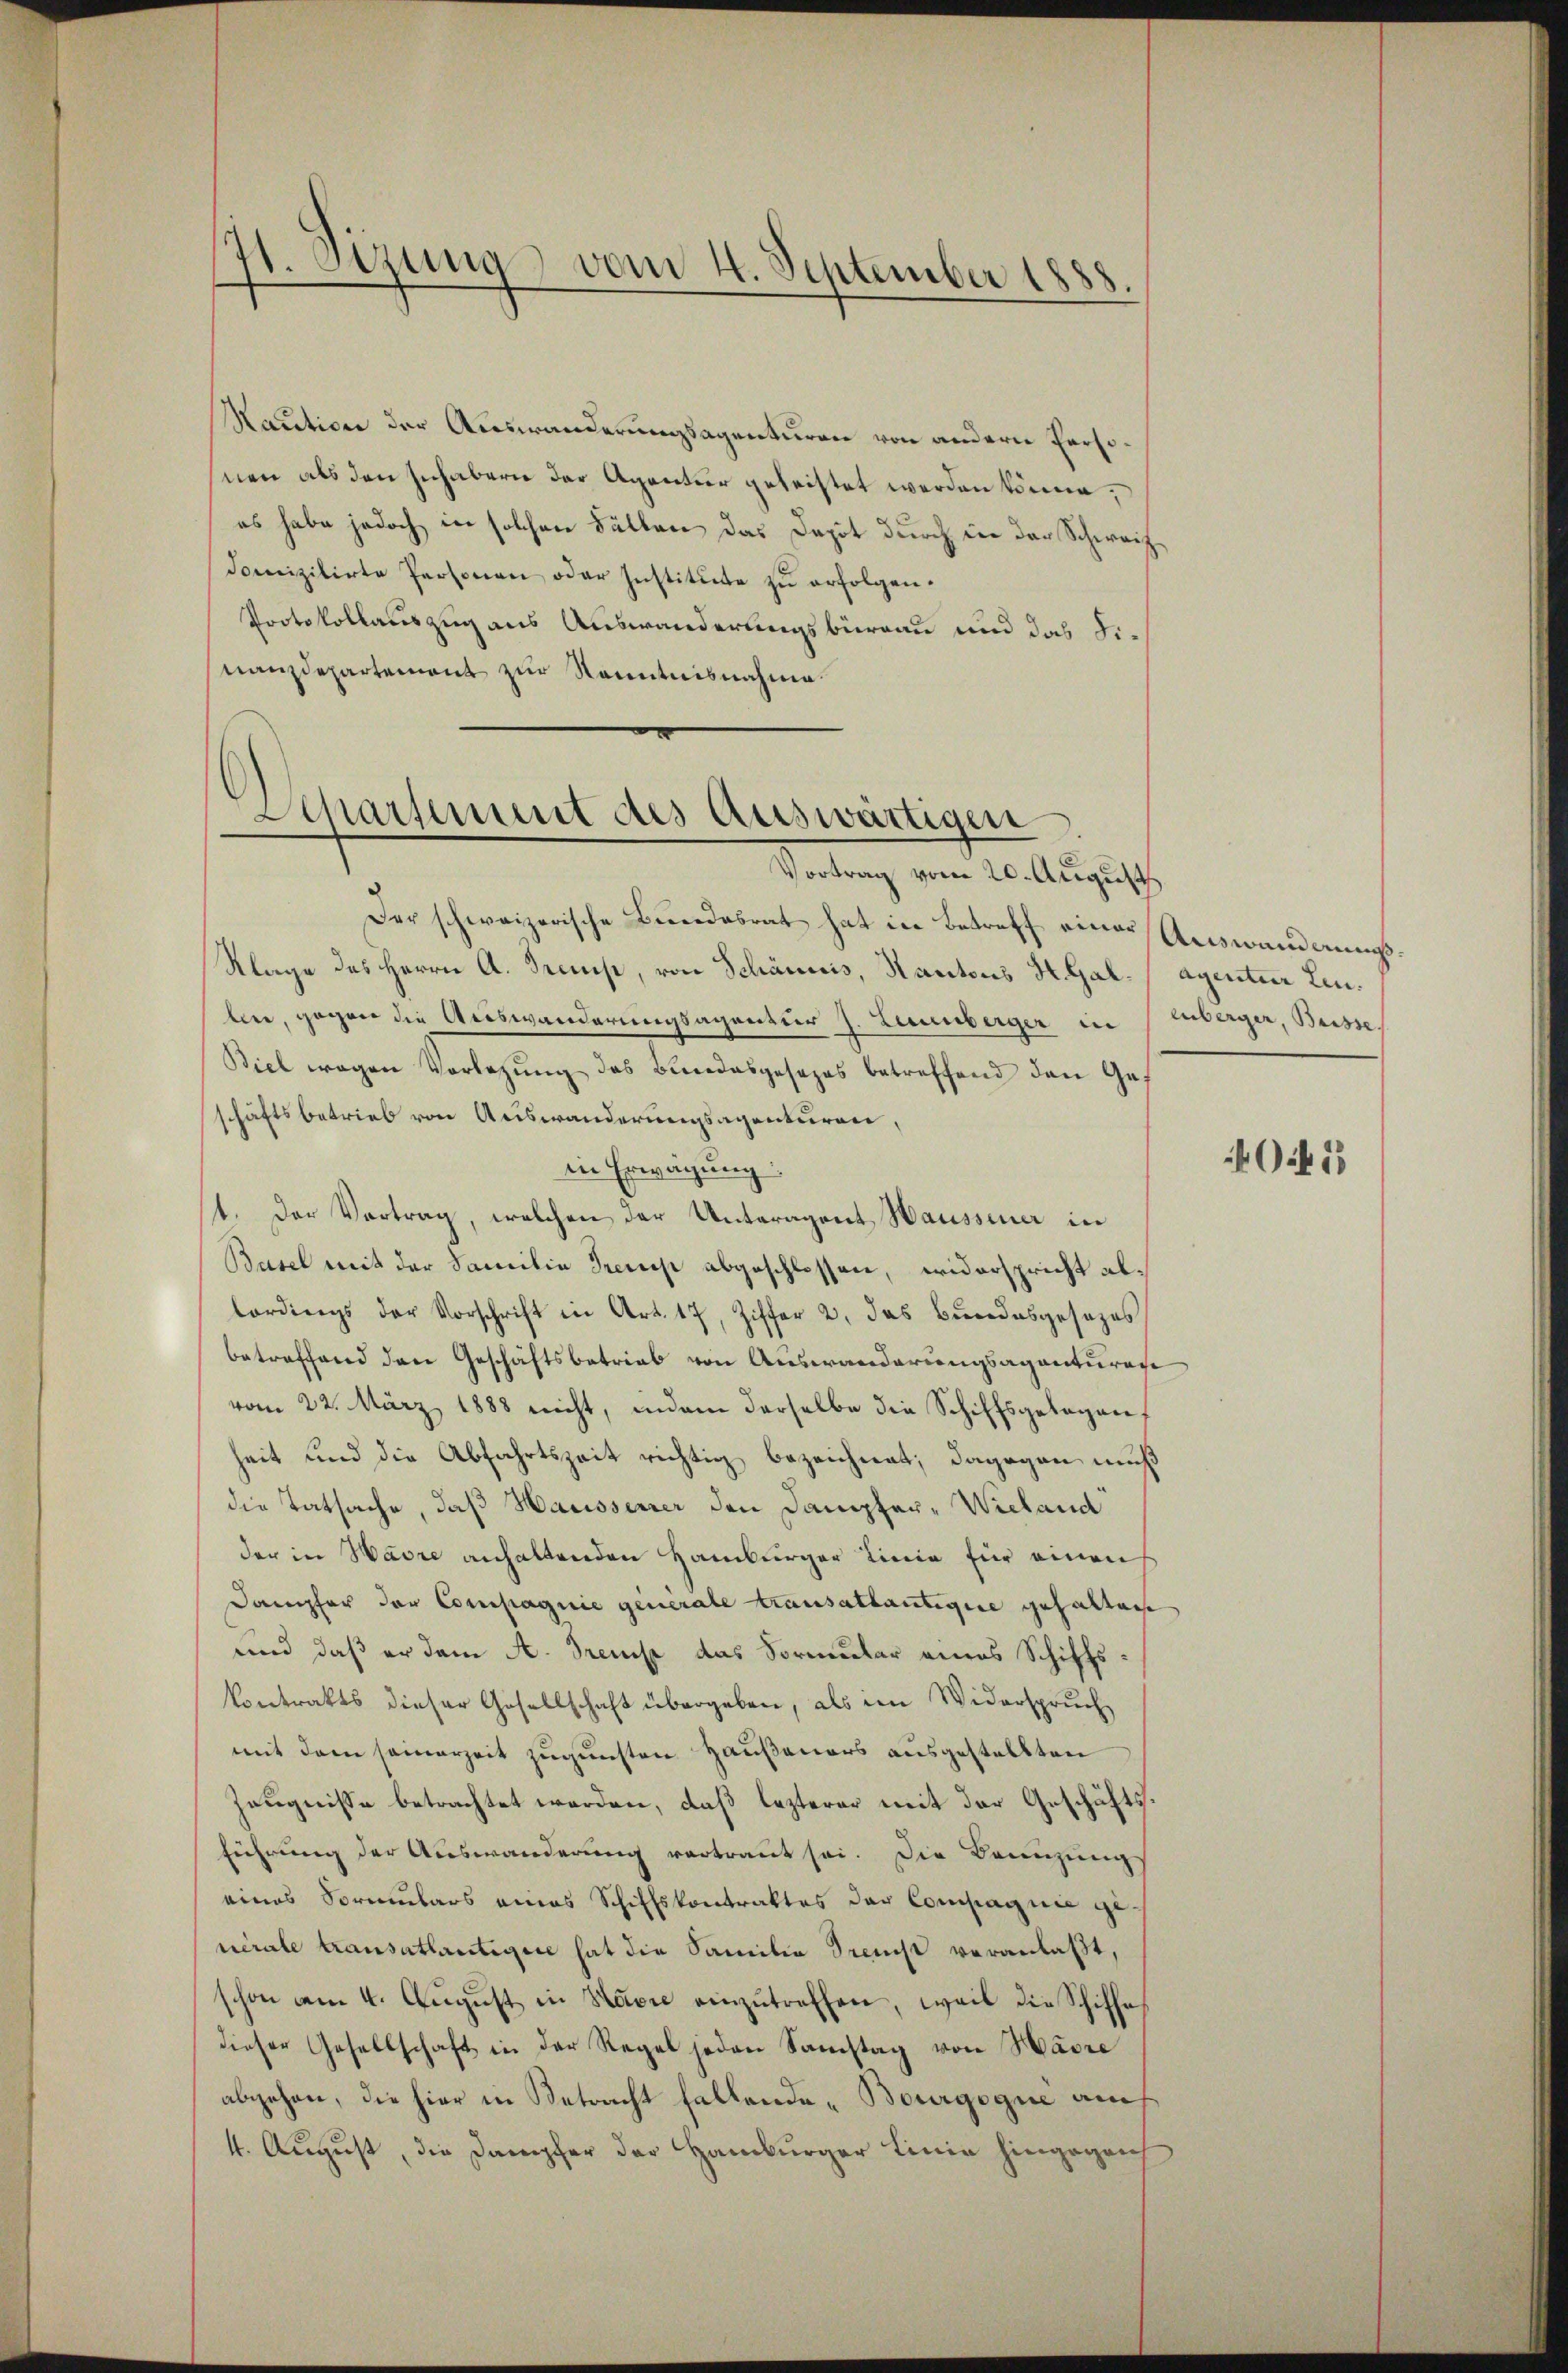
Raution der Auswanderungsagenturen von andern Personen als den Inhabern der Agentur geleistet werden könne;
es habe jedoch in solchen Fällen das Dapot durch der der Schweiz
domizilirte Personen oder Institute zu erfolgen.
Protokollauszug aus Auswanderungsbüreau und das Finanzdepartement zur Kenntnisnahme

71. Sizung vom 4. September 1888.

Separtement des Auswärtigen
Vortrag vom 20. August

Der schweizerische Bundesrat hat in Betreff einer Auswanderungs¬
Klage des Herrn A. Grempt, von Schännis, Kantons H. Gal-Agentier Linlen, gegen die Auswanderungsagentur J. Leuenberger in Huberger, Busse
Biel wegen Vorlegŭng des Bundesgesezes betreffend den Ges
schäftsbetrieb von Auswanderungsagenturen,
in Erwägung
1. Der Vertrag, welchen der Unteragent Haussener in
Basel mit der Familie Treues abgeschlossen, widerspricht allordings der Vorschrift in Art. 17, Ziffer 2. das Bŭndesgesezes
betreffend den Geschäftsbetrieb von Auswanderungsagenturan
vom 22. März 1888 nicht, indem derselbe die Schiffsgelegen,
heit und die Abfahrtszeit richtig bezeichnet; dagegen muß
die Tatsache, daß Hausserrer den Dampfer-Wieland
der in Havre anhaltenden Hamburger Linie für einen
Dampfer der Compagnie generale Krausattantige gehaltene
und daß er dem A. Treust das Formular eines Schiffskontrakts dieser Gesellschaft übergeben, als im Widerspruch
mit dem seinerzeit zugunsten Hausauers ausgestellten
Zeugnisse betrachtet werden, daß lezterer mit der Geschäftsführung der Auswanderung vertraut sei. Die Benzungs
eines Sormulars eines Schiffskontraktes der Compagnie genirale transathäutigen hat die Familie dreicht veranlaßt,
schon am 4. August in Havre einzutreffen, weil die Schiffe
dieser Gesellschaft in der Regel jeden Samstag von Havre
abgehen, die hier in Betracht fallende Bourgoque am
4. August, die Dampfer der Hamburger Linie hingegen

05